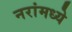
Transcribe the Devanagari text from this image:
नरांमध्ये